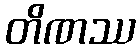
တိဏဿ